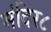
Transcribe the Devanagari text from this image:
मंदिर८